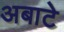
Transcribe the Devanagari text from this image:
अबाटे